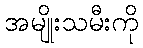
အမျိုးသမီးကို